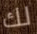
لك